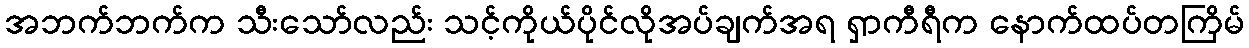
အဘက်ဘက်က သီးသော်လည်း သင့်ကိုယ်ပိုင်လိုအပ်ချက်အရ ရှာကီရီက နောက်ထပ်တကြိမ်